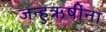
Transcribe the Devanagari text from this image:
जन्हुऋषींना